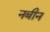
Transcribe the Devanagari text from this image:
नबीन